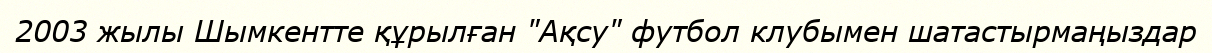
2003 жылы Шымкентте құрылған "Ақсу" футбол клубымен шатастырмаңыздар